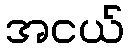
အငယ်